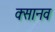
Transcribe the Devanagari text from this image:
क्सानव